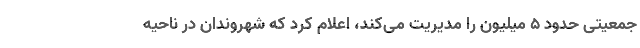
جمعیتی حدود 5 میلیون را مدیریت می‌کند، اعلام کرد که شهروندان در ناحیه